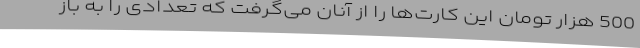
500 هزار تومان این کارت‌ها را از آنان می‌گرفت که تعدادی را به باز